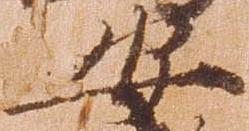
安